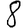
Digit: 8